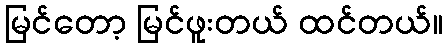
မြင်တော့ မြင်ဖူးတယ် ထင်တယ်။